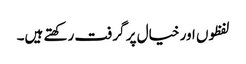
لفظوں اور خیال پر گرفت رکھتے ہیں۔